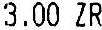
3.00 ZR